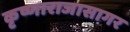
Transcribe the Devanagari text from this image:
कृष्णाराजासागर